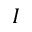
I